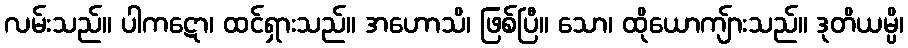
လမ်းသည်။ ပါကဋော၊ ထင်ရှားသည်။ အဟောသိ၊ ဖြစ်ပြီ။ သော၊ ထိုယောကျ်ားသည်။ ဒုတိယမ္ပိ၊